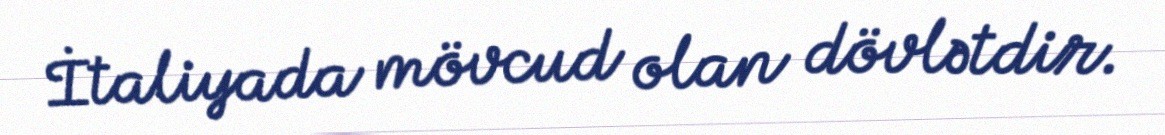
İtaliyada mövcud olan dövlətdir.